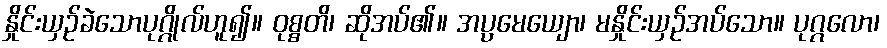
နှိုင်းယှဉ်ခဲသောပုဂ္ဂိုလ်ဟူ၍။ ဝုစ္စတိ၊ ဆိုအပ်၏။ အပ္ပမေယျော၊ မနှိုင်းယှဉ်အပ်သော။ ပုဂ္ဂလော၊